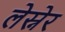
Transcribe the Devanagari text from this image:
लेस्नेर